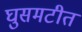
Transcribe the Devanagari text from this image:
घुसमटीत